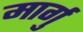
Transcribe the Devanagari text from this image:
मार्गु